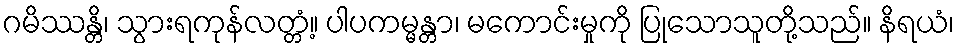
ဂမိဿန္တိ၊ သွားရကုန်လတ္တံ့။ ပါပကမ္မန္တာ၊ မကောင်းမှုကို ပြုသောသူတို့သည်။ နိရယံ၊